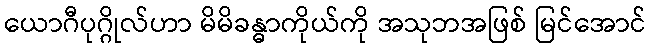
ယောဂီပုဂ္ဂိုလ်ဟာ မိမိခန္ဓာကိုယ်ကို အသုဘအဖြစ် မြင်အောင်